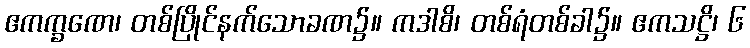
ဧကက္ခဏေ၊ တစ်ပြိုင်နက်သောခဏ၌။ ကဒါစိ၊ တစ်ရံတစ်ခါ၌။ ဧကသဋ္ဌိ၊ ၆